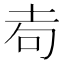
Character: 𡊦